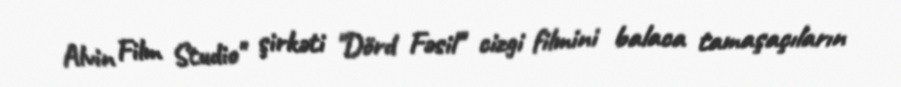
Alvin Film Studio" şirkəti "Dörd Fəsil" cizgi filmini balaca tamaşaçıların